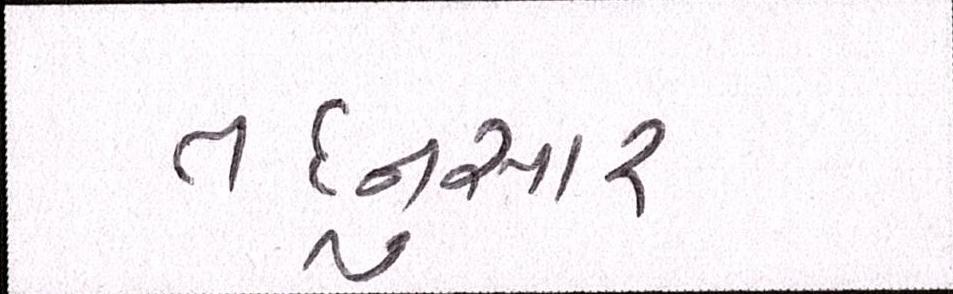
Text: તદનુસાર